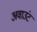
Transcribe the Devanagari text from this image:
अवाउंट